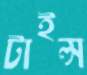
টাইল্স